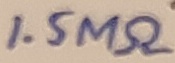
Text: 1.5MΩ